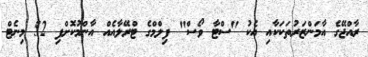
ރާއްޖޭގެ އާމަންޒަރުތަކަކާއި އެކު "ސްޓާ ވޯސް" ފިލްމްގެ ޓްރޭލާއެއް އާންމުކޮށްފި 52 މިނެޓް